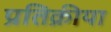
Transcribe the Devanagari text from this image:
प्रतिक्रीया